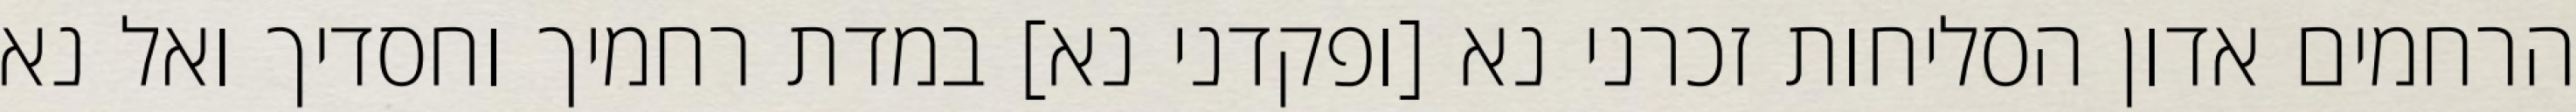
הרחמים אדון הסליחות זכרני נא [ופקדני נא] במדת רחמיך וחסדיך ואל נא